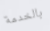
بالخدمة